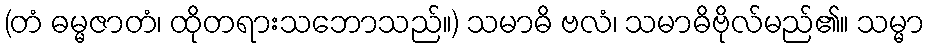
(တံ ဓမ္မဇာတံ၊ ထိုတရားသဘောသည်။) သမာဓိ ဗလံ၊ သမာဓိဗိုလ်မည်၏။ သမ္မာ